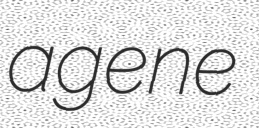
agene